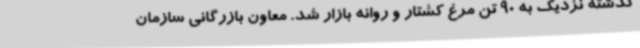
گذشته نزدیک به 90 تن مرغ کشتار و روانه بازار شد. معاون بازرگانی سازمان